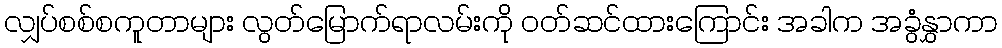
လျှပ်စစ်စကူတာများ လွတ်မြောက်ရာလမ်းကို ၀တ်ဆင်ထားကြောင်း အခါက အခွံနွှာကာ